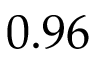
0 . 9 6